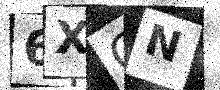
Text: 6XCN